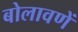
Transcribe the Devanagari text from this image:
बोलावणें